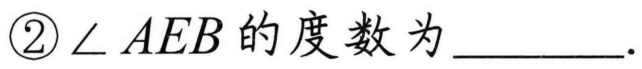
\textcircled{2}$\angle AEB$的度数为________.